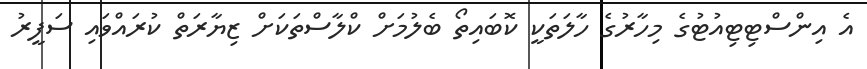
އެ އިންސްޓިޓިއުޓުގެ މިހާރުގެ ހާލަތަކީ ކޮބައިތޯ ބެލުމަށް ކްލާސްތަކަށް ޒިޔާރަތް ކުރައްވައި ސަފީރު